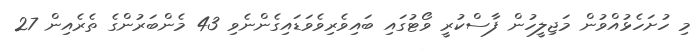
މި ހުށަހެޅުއްވުން މަޖިލީހުން ފާސްކުރީ ވޯޓުގައި ބައިވެރިވެވަޑައިގެންނެވި 43 މެންބަރުންގެ ތެރެއިން 27